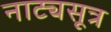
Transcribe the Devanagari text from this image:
नाट्यसूत्र